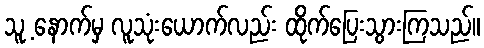
သူ့ နောက်မှ လူသုံးယောက်လည်း ထိုက်ပြေးသွားကြသည်။